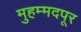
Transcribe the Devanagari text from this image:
मुहम्मदपूर